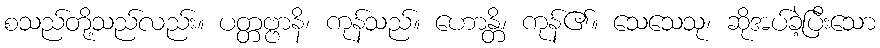
စသည်တို့သည်လည်း။ ပတ္တဗ္ဗာနိ၊ ကုန်သည်။ ဟောန္တိ၊ ကုန်၏။ သေသေသု၊ ဆိုအပ်ခဲ့ပြီးသော